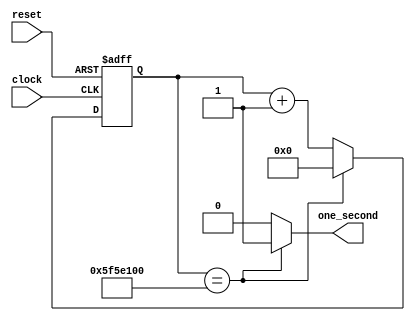
// 1s = 1000ms = e6us = e9ns
// 1cycle = 10ns
// counter 1s = e8.

module one_second (
	input wire clock,
	input wire reset,
	output wire one_second);
	
	reg [26:0] counter;
	
	always @ (posedge clock or posedge reset ) begin
		if (reset == 1'b1) begin
			counter <= 27'd0;
		end
		else begin
			if (counter ==  27'd100000000) 	counter <= 27'd0;
			else 							counter <= counter + 27'd1;
		end
	end
	
	assign one_second = (counter == 27'd100000000) ? 1'b1 : 1'b0 ; 
	
endmodule